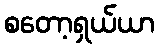
စတော့ရှယ်ယာ